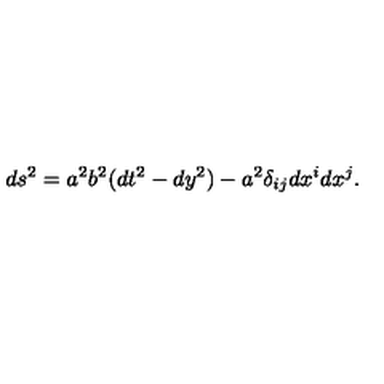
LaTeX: d s ^ { 2 } = a ^ { 2 } b ^ { 2 } ( d t ^ { 2 } - d y ^ { 2 } ) - a ^ { 2 } \delta _ { i j } d x ^ { i } d x ^ { j } .